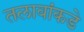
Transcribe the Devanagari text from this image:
तलावांकडे